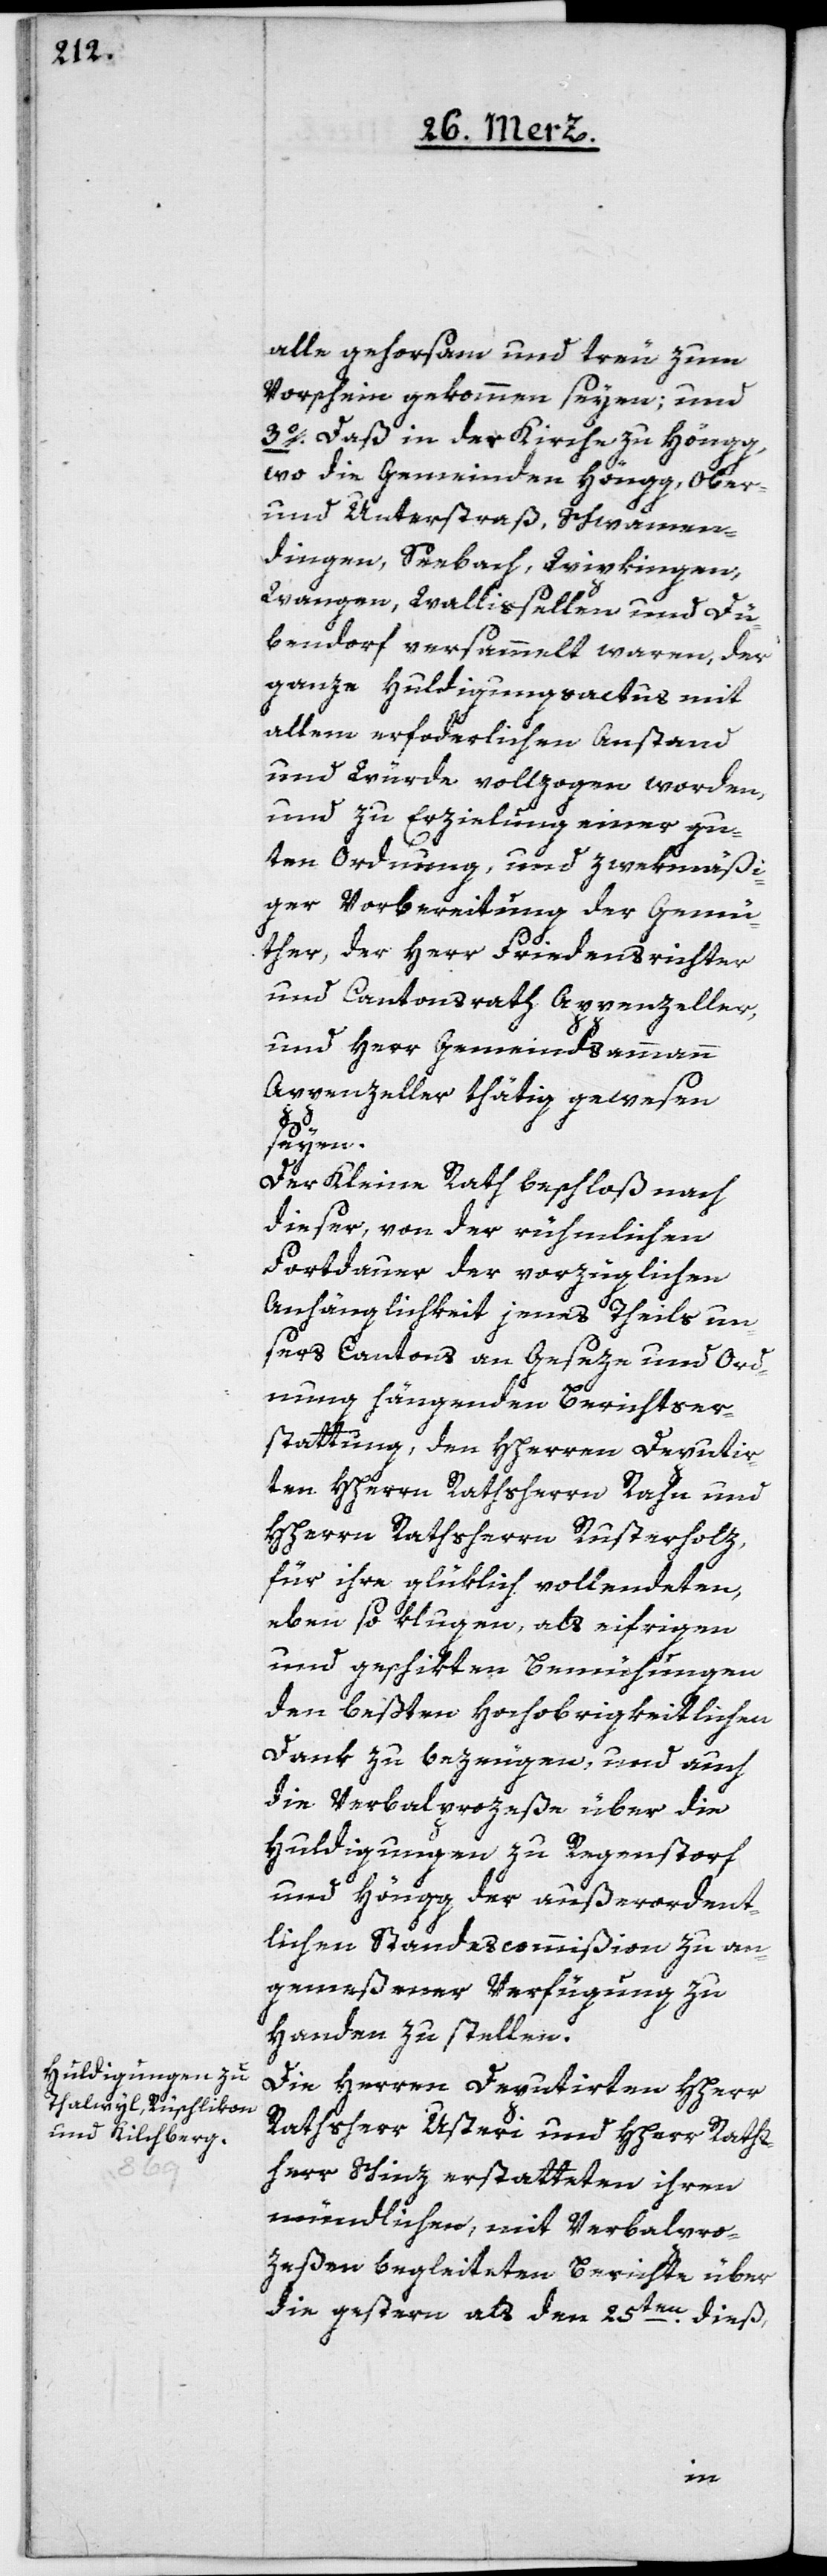
aber

alle gehorsam und treu zum
Vorschein gekommen seyen; und
3o. Daß in der Kirche zu Höngg,
wo die Gemeinden Höngg, Ober-
und Unterstraß, Schwamen¬
dingen, Seebach, Wipkingen,
Wangen, Wallisellen und Dü¬
bendorf versammelt waren, der
ganze Huldigungsactus mit
allem erforderlichen Anstand
und Würde vollzogen worden,
und zu Erzielung einer gu¬
ten Ordnung, und zwekmäßi¬
ger Vorbereitung der Gemü¬
ther, der Herr Friedensrichter
und Cantonsrath Appenzeller,
und Herr Gemeindsammann
Appenzeller thätig gewesen
seyen.
Der Kleine Rath beschloß nach
dieser, von der rühmlichen
Fortdauer der vorzüglichen
Anhänglichkeit jenes Theils un¬
sers Cantons an Geseze und Ord¬
nung hängenden Berichtser¬
stattung, den HHerren Deputir¬
ten HHerrn Rathsherrn Rahn und
HHerrn Rathsherrn Rusterholz,
für ihre glüklich vollendeten,
eben so klugen, als eifrigen
und geschikten Bemühungen
den beßten Hochobrigkeitlichen
Dank zu bezeugen, und auch
die Verbalprozeße über die
Huldigungen zu Regenstorf
und Höngg der außerordent¬
lichen Standescommißion zu an¬
gemeßener Verfügung zu
Handen zu stellen.
Die Herren Deputirten HHerr
Rathsherr Usteri und HHerr Raths¬
herr Schinz erstatteten ihren
mündlichen, mit Verbalpro¬
zeßen begleiteten Berichte über
die gestern als den 25ten dieß,